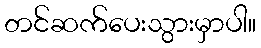
တင်ဆက်ပေးသွားမှာပါ။